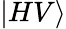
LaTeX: |HV\rangle